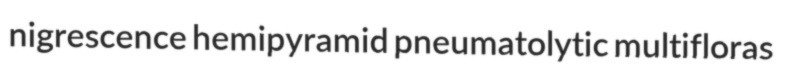
nigrescence hemipyramid pneumatolytic multifloras